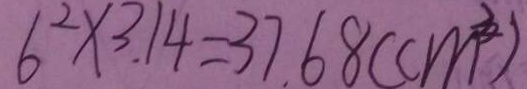
6 ^ { 2 } \times 3 . 1 4 = 3 7 . 6 8 ( c m ^ { 3 } )